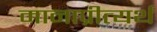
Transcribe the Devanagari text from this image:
मानाप्रीत्यर्थ